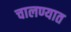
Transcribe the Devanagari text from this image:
चालण्यात